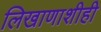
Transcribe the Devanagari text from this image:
लिखाणाशीही